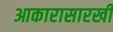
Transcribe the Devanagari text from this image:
आकारासारखी